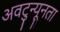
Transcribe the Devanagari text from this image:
अवटुन्यूनता